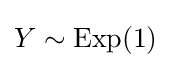
Y\sim \mathrm {Exp} (1)